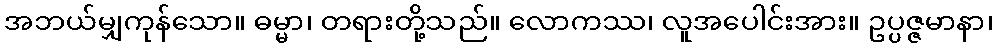
အဘယ်မျှကုန်သော။ ဓမ္မာ၊ တရားတို့သည်။ လောကဿ၊ လူအပေါင်းအား။ ဥပ္ပဇ္ဇမာနာ၊